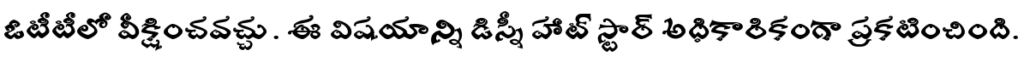
ఓటీటీలో వీక్షించవచ్చు. ఈ విషయాన్ని డిస్నీ హాట్ స్టార్ అధికారికంగా ప్రకటించింది.